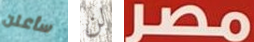
سأعلن لن مصر